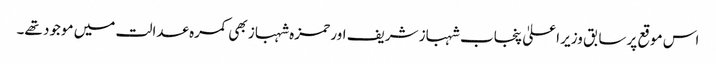
اس موقع پرسابق وزیر اعلیٰ پنجاب شہباز شریف اور حمزہ شہباز بھی کمرہ عدالت میں موجود تھے۔